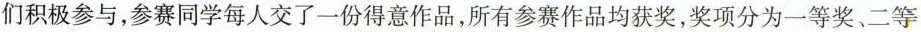
们积极参与，参赛同学每人交了一份得意作品，所有参赛作品均获奖，奖项分为一等奖、二等